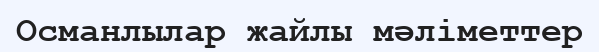
Османлылар жайлы мәліметтер